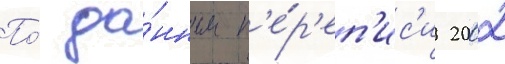
По́ да́нным п'е́р'еп'ис'и 2002